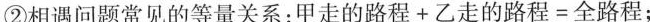
②相遇问题常见的等量关系：$$甲 走 的 路 程 + 乙 走 的 路 程 = 全 路 程$$；